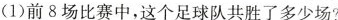
(1)前8场比赛中，这个足球队共胜了多少场?